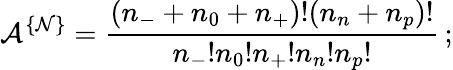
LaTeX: {\cal A}^{\{ {\cal N}\} }=\frac{(n_{-}+n_{0}+n_{+})!(n_{n}+n_{p})!}{n_{-}!n_{0}!n_{+}!n_{n}!n_{p}!}\, ;